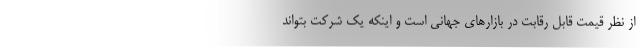
از نظر قیمت قابل رقابت در بازارهای جهانی است و اینکه یک شرکت بتواند